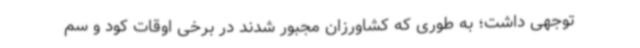
توجهی داشت؛ به‌ طوری که کشاورزان مجبور شدند در برخی اوقات کود و سم